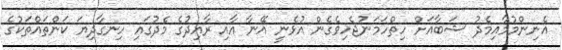
އެނިންމުމާއިމެދު ޝަބާއަށް ހިތްހަމަނުޖެހިވެގެން އުޅެނީ އޭނާ އާއި ރާއިދުގެ މެދުގައި ހިނގާދިޔަ ކަންތައްތަކުގެ